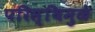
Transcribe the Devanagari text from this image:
परिस्थिमुळे